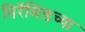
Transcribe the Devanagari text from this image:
पिरॅमिडच्या